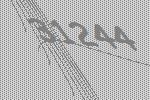
31244